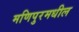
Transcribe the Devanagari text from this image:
मणिपुरमधील